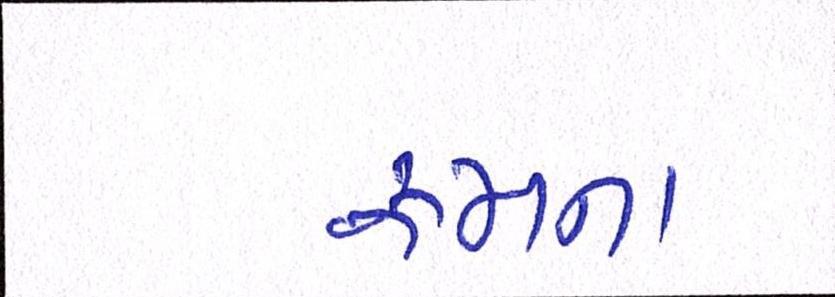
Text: રૂમનાં